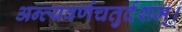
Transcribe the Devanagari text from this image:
अन्त्यवर्णचतुर्दशम्।